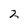
Character: 2